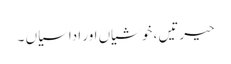
حیرتیں ، خوشیاں اور اداسیاں ۔